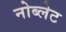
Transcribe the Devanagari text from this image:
नोब्लेट